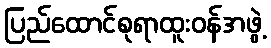
ပြည်ထောင်စုရာထူးဝန်အဖွဲ့